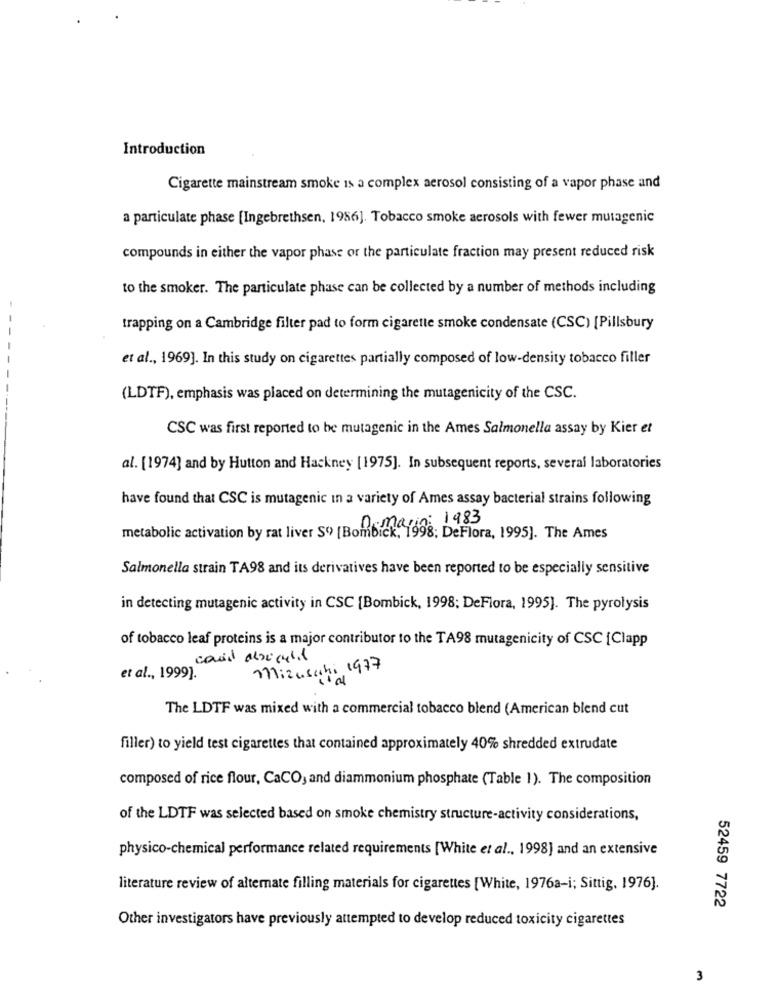
Introduction
Cigarette mainstream smoke is a complex aerosol consisting of a vapor phase and
a particulate phase [Ingebrethsen, 1956]. Tobacco smoke aerosols with fewer mutagenic
compounds in either the vapor phase or the particulate fraction may present reduced risk
to the smoker. The particulate phase can be collected by a number of methods including
trapping on a Cambridge filter pad to form cigarette smoke condensate (CSC) [Pillsbury
et al ., 1969]. In this study on cigarettes partially composed of low-density tobacco filler
(LDTF), emphasis was placed on determining the mutagenicity of the CSC.
CSC was first reported to be mutagenic in the Ames Salmonella assay by Kier et
al. [1974] and by Hutton and Hackney [1975]. In subsequent reports, several laboratories
have found that CSC is mutagenic in a variety of Ames assay bacterial strains following
: 1983
metabolic activation by rat liver S9> [Bombick, 1998; DeFlora, 1995]. The Ames
Salmonella strain TA98 and its derivatives have been reported to be especially sensitive
in detecting mutagenic activity in CSC [Bombick, 1998; DeFlora, 1995). The pyrolysis
of tobacco leaf proteins is a major contributor to the TA98 mutagenicity of CSC [Clapp
Mizuscchi 1977
et al ., 1999].
The LDTF was mixed with a commercial tobacco blend (American blend cut
filler) to yield test cigarettes that contained approximately 40% shredded extrudate
composed of rice flour, CaCO, and diammonium phosphate (Table 1). The composition
of the LDTF was selected based on smoke chemistry structure-activity considerations,
physico-chemical performance related requirements [White et al ., 1998] and an extensive
literature review of alternate filling materials for cigarettes [White, 1976a-i; Sittig, 1976].
52459 7722
Other investigators have previously attempted to develop reduced toxicity cigarettes
3